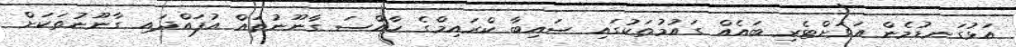
އަޅުގަނޑުމެން އަވަށްޓެރި ބައެއް ގައުމުތަކުގައި ސައިބާ ކްރައިމްގެ ހާއްސަ ގާނޫނުތައް އުފައްދައި ގާނޫނުތަކަށް